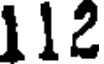
112